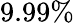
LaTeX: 9.99\%